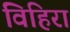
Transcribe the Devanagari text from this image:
विहिरा